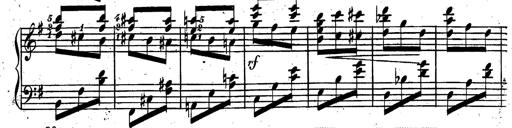
Title: Rondeau fantastique sur un thÃ¨me espagnol
Composer: Franz Liszt